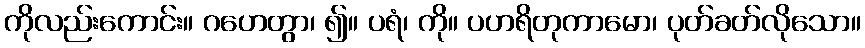
ကိုလည်းကောင်း။ ဂဟေတွာ၊ ၍။ ပရံ၊ ကို။ ပဟရိတုကာမော၊ ပုတ်ခတ်လိုသော။